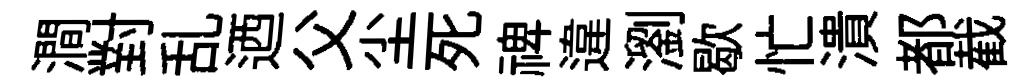
澗對乱迺父尘死禆違瀏歇忙潰都截